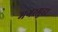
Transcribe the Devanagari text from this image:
मगरमुहा